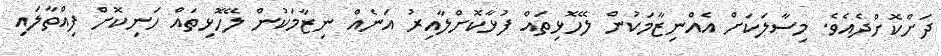
ދަށްކޮށްދެއެވެ. މިސާލަކަށް އެއްނިޒާމަކުން ލޭހޮޅިތައް ފުޅާކޮށްލާއިރު އަނެއް ނިޒާމަކުން ލޭހޮޅިތައް ހަނިކޮށް ފިއްތާލައި